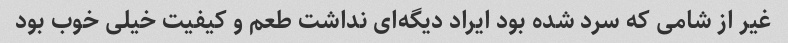
غیر از شامی که سرد شده بود ایراد دیگه‌ای نداشت طعم و کیفیت خیلی خوب بود